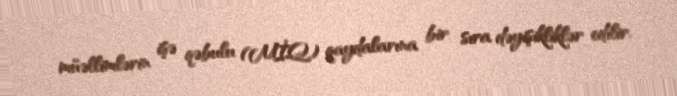
müəllimlərin işə qəbulu (MİQ) qaydalarına bir sıra dəyişikliklər edilir.